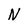
Character: N